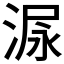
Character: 𰜋